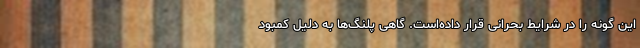
این گونه را در شرایط بحرانی قرار داده‌است. گاهی پلنگ‌ها به دلیل کمبود